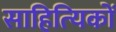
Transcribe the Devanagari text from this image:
साहित्‍यिकों